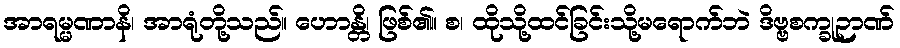
အာရမ္မဏာနိ၊ အာရုံတို့သည်။ ဟောန္တိ၊ ဖြစ်၏။ စ၊ ထိုသို့ထင်ခြင်းသို့မရောက်ဘဲ ဒိဗ္ဗစက္ခုဉာဏ်